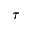
\tau